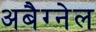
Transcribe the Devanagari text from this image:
अबैग्नेल